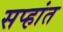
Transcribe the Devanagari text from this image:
सप्हांत